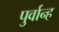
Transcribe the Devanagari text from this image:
पुर्वान्ह